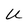
Character: U